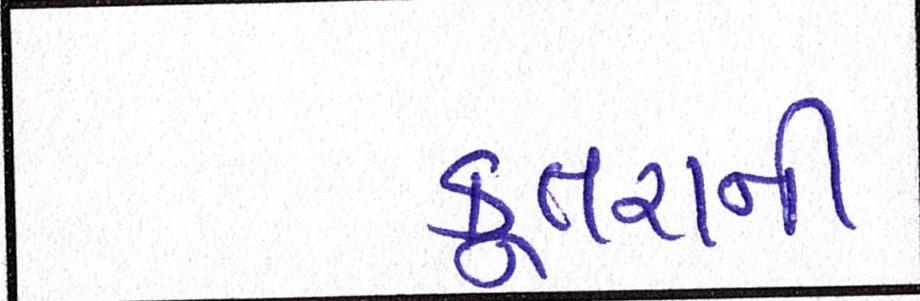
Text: કૂતરાની